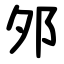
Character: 邜